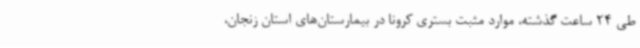
طی 24 ساعت گذشته، موارد مثبت بستری کرونا در بیمارستان‌های استان زنجان،